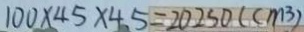
1 0 0 \times 4 5 \times 4 5 = 2 0 2 5 0 ( c m ^ { 3 } )